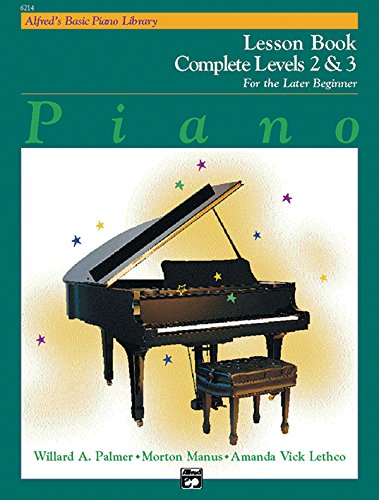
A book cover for Alfred's Basic Piano Library: Piano Lesson Book, Complete Levels 2 & 3 for the Later Beginner (Alfred's Basic Piano Library); Willard A. Palmer; Computers & Technology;